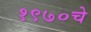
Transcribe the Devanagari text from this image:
१९७०चे